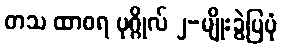
တသ ထာဝရ ပုဂ္ဂိုလ် ၂-မျိုးခွဲပြပုံ